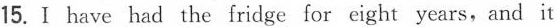
15.I have had the fridge for eight years,and it